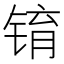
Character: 𫓾